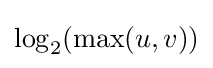
\log _{2}(\max(u,v))